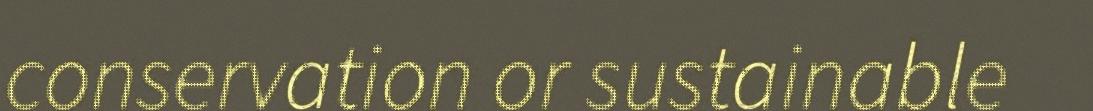
conservation or sustainable